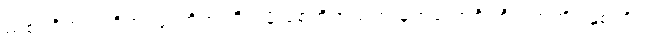
ညှစ်ကြိတ်ဝါကြိတ် ဖြူကြိတ်ကြိတ်မိ ရစ်ဘိတသတ် မှတ်လော့စိပ်စိပ် တကျိပ်နှစ်ကျိပ်